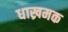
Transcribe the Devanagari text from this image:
धाख्रमक